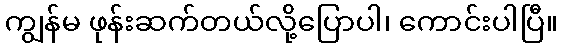
ကျွန်မ ဖုန်းဆက်တယ်လို့ပြောပါ၊ ကောင်းပါပြီ။